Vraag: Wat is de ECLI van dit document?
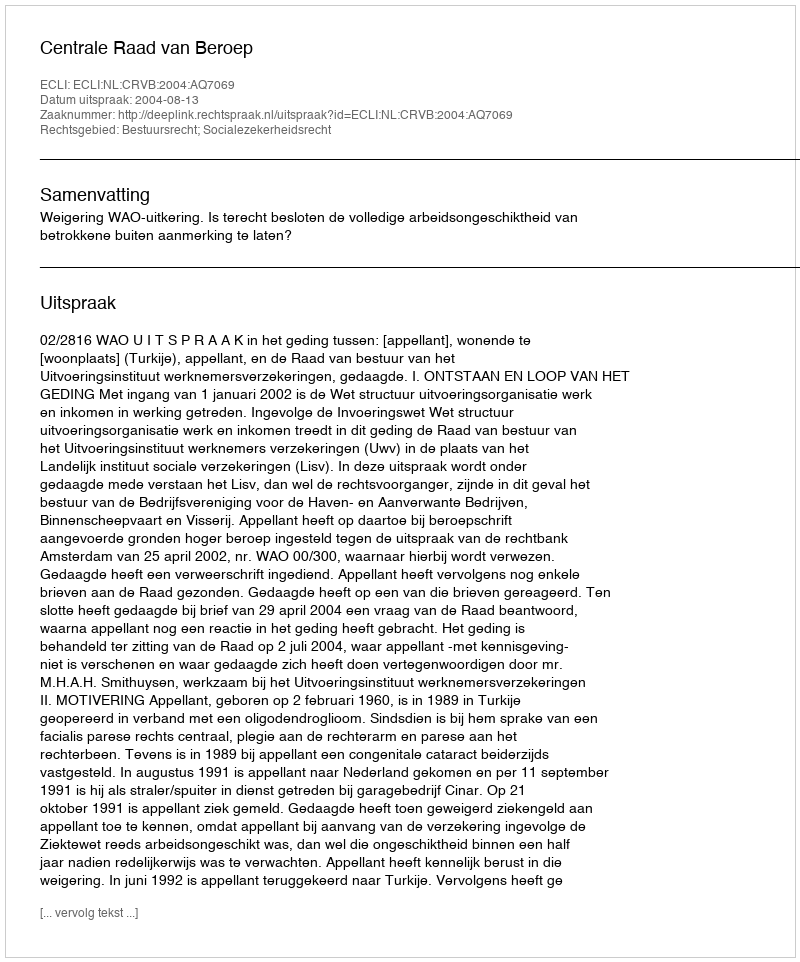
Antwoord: ECLI:NL:CRVB:2004:AQ7069